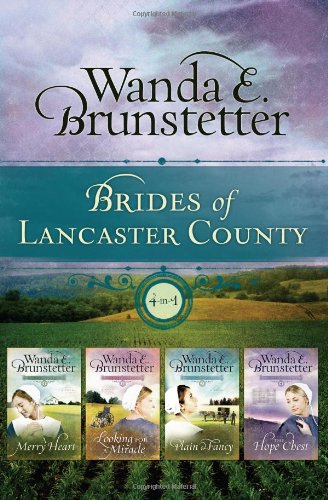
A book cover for The Brides Of Lancaster County; Wanda E. Brunstetter; Romance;